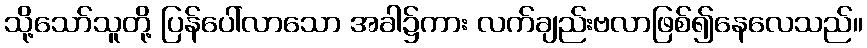
သို့သော်သူတို့ ပြန်ပေါ်လာသော အခါ၌ကား လက်ချည်းဗလာဖြစ်၍နေလေသည်။